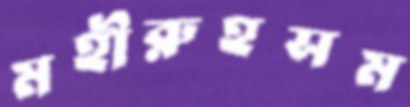
মহীরুহসম